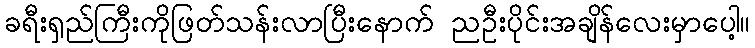
ခရီးရှည်ကြီးကိုဖြတ်သန်းလာပြီးနောက် ညဦးပိုင်းအချိန်လေးမှာပေါ့။